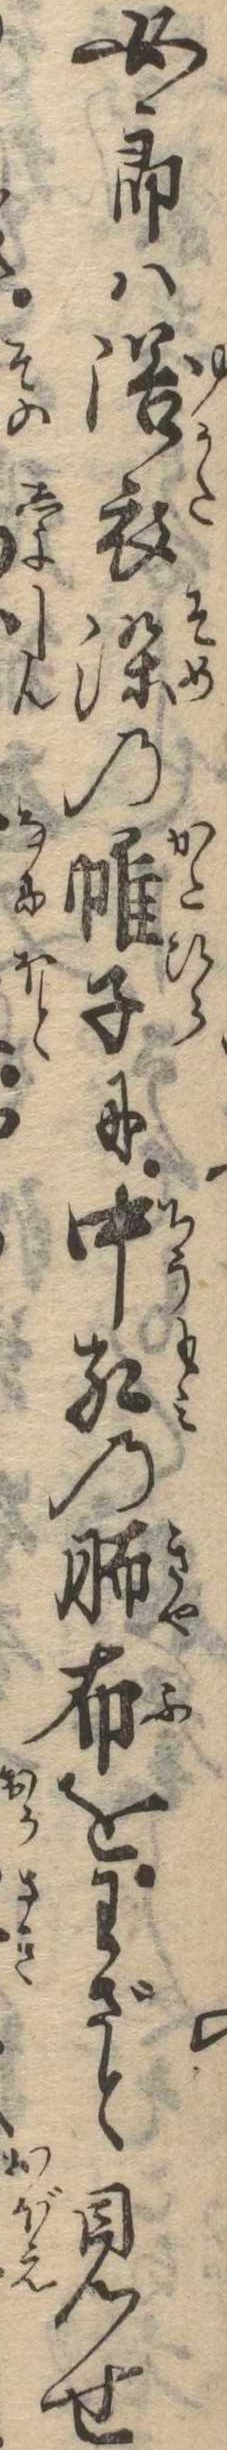
女郎は浴衣染の帷子に中紅の布をわざと見せ